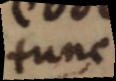
tunc